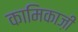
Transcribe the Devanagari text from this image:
कामिकाज़ी